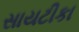
સાયટીકા